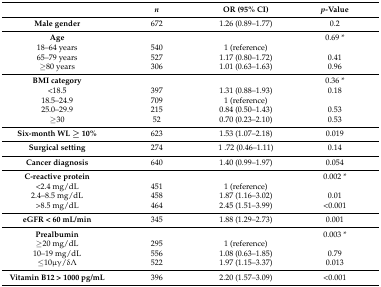
<table><thead><tr><td></td><td><b><i>n</i></b></td><td><b>OR (95% CI)</b></td><td><b><i>p</i>-Value</b></td></tr></thead><tbody><tr><td><b>Male gender</b></td><td>672</td><td>1.26 (0.89–1.77)</td><td>0.2</td></tr><tr><td><b>Age</b></td><td></td><td></td><td>0.69 <i>*</i></td></tr><tr><td>18–64 years</td><td>540</td><td>1 (reference)</td><td></td></tr><tr><td>65–79 years</td><td>527</td><td>1.17 (0.80–1.72)</td><td>0.41</td></tr><tr><td>≥80 years</td><td>306</td><td>1.01 (0.63–1.63)</td><td>0.96</td></tr><tr><td><b>BMI category</b></td><td></td><td></td><td>0.36 <i>*</i></td></tr><tr><td>&lt;18.5</td><td>397</td><td>1.31 (0.88–1.93)</td><td>0.18</td></tr><tr><td>18.5–24.9</td><td>709</td><td>1 (reference)</td><td></td></tr><tr><td>25.0–29.9</td><td>215</td><td>0.84 (0.50–1.43)</td><td>0.53</td></tr><tr><td>≥30</td><td>52</td><td>0.70 (0.23–2.10)</td><td>0.53</td></tr><tr><td><b>Six-month WL ≥ 10%</b></td><td>623</td><td>1.53 (1.07–2.18)</td><td>0.019</td></tr><tr><td><b>Surgical setting</b></td><td>274</td><td>1 .72 (0.46–1.11)</td><td>0.14</td></tr><tr><td><b>Cancer diagnosis</b></td><td>640</td><td>1.40 (0.99–1.97)</td><td>0.054</td></tr><tr><td><b>C-reactive protein</b></td><td></td><td></td><td>0.002 <i>*</i></td></tr><tr><td>&lt;2.4 mg/dL</td><td>451</td><td>1 (reference)</td><td></td></tr><tr><td>2.4–8.5 mg/dL</td><td>458</td><td>1.87 (1.16–3.02)</td><td>0.01</td></tr><tr><td>&gt;8.5 mg/dL</td><td>464</td><td>2.45 (1.51–3.99)</td><td>&lt;0.001</td></tr><tr><td><b>eGFR &lt; 60 mL/min</b></td><td>345</td><td>1.88 (1.29–2.73)</td><td>0.001</td></tr><tr><td><b>Prealbumin</b></td><td></td><td></td><td>0.003 <i>*</i></td></tr><tr><td>≥20 mg/dL</td><td>295</td><td>1 (reference)</td><td></td></tr><tr><td>10–19 mg/dL</td><td>556</td><td>1.08 (0.63–1.85)</td><td>0.79</td></tr><tr><td>≤10μγ/δΛ</td><td>522</td><td>1.97 (1.15–3.37)</td><td>0.013</td></tr><tr><td><b>Vitamin B12 &gt; 1000 pg/mL</b></td><td>396</td><td>2.20 (1.57–3.09)</td><td>&lt;0.001</td></tr></tbody></table>